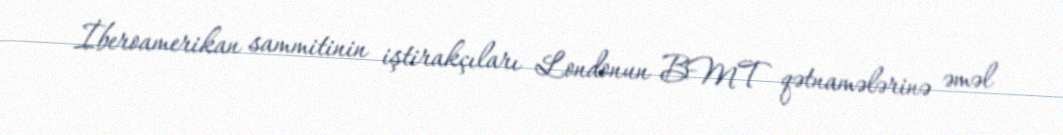
İberoamerikan sammitinin iştirakçıları Londonun BMT qətnamələrinə əməl